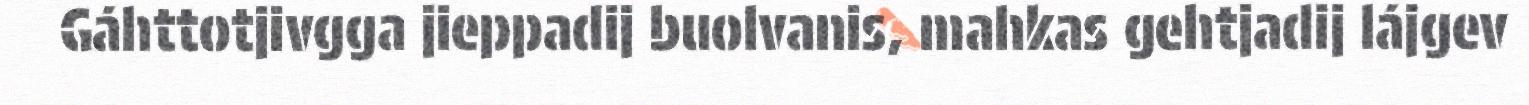
Gáhttotjivgga jieppadij buolvanis, mahkas gehtjadij lájgev